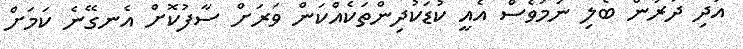
އަދި ދުރުން ބެލި ނަމަވެސް އެއީ ކުޑަކުދިންތަކެއްކަން ވަރަށް ސާފުކޮށް އެނގޭނެ ކަމަށް